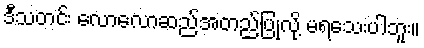
ဒီသတင်း လောလောဆည်အတည်ပြုလို့ မရသေးပါဘူး။